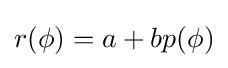
r(\phi )=a+bp(\phi )